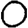
Digit: 0